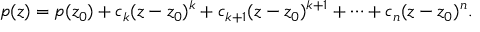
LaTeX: p ( z ) = p ( z _ { 0 } ) + c _ { k } ( z - z _ { 0 } ) ^ { k } + c _ { k + 1 } ( z - z _ { 0 } ) ^ { k + 1 } + \cdots + c _ { n } ( z - z _ { 0 } ) ^ { n } .